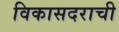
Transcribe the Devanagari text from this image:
विकासदराची